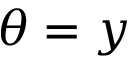
\theta = y